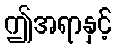
ဤအရာနှင့်